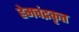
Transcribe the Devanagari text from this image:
हेमचंद्रकृत